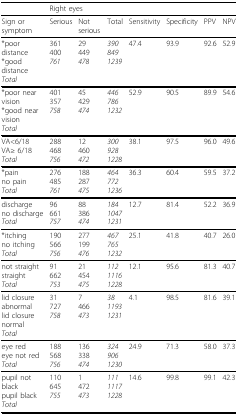
<table><thead><tr><td></td><td colspan="7"><b>Right eyes</b></td></tr></thead><tbody><tr><td>Sign or symptom</td><td>Serious</td><td>Not serious</td><td>Total</td><td>Sensitivity</td><td>Specificity</td><td>PPV</td><td>NPV</td></tr><tr><td>*poor distance*good distance<i>Total</i></td><td>361400<i>761</i></td><td>29449<i>478</i></td><td><i>390</i><i>849</i><i>1239</i></td><td>47.4</td><td>93.9</td><td>92.6</td><td>52.9</td></tr><tr><td>*poor near vision*good near vision<i>Total</i></td><td>401357<i>758</i></td><td>45429<i>474</i></td><td><i>446</i><i>786</i><i>1232</i></td><td>52.9</td><td>90.5</td><td>89.9</td><td>54.6</td></tr><tr><td>VA&lt;6/18VA≥ 6/18<i>Total</i></td><td>288468<i>756</i></td><td>12460<i>472</i></td><td><i>300</i><i>928</i><i>1228</i></td><td>38.1</td><td>97.5</td><td>96.0</td><td>49.6</td></tr><tr><td>*painno pain<i>Total</i></td><td>276485<i>761</i></td><td>188287<i>475</i></td><td><i>464</i><i>772</i><i>1236</i></td><td>36.3</td><td>60.4</td><td>59.5</td><td>37.2</td></tr><tr><td>dischargeno discharge<i>Total</i></td><td>96661<i>757</i></td><td>88386<i>474</i></td><td><i>184</i><i>1047</i><i>1231</i></td><td>12.7</td><td>81.4</td><td>52.2</td><td>36.9</td></tr><tr><td>*itchingno itching<i>Total</i></td><td>190566<i>756</i></td><td>277199<i>476</i></td><td><i>467</i><i>765</i><i>1232</i></td><td>25.1</td><td>41.8</td><td>40.7</td><td>26.0</td></tr><tr><td>not straightstraight<i>Total</i></td><td>91662<i>753</i></td><td>21454<i>475</i></td><td><i>112</i><i>1116</i><i>1228</i></td><td>12.1</td><td>95.6</td><td>81.3</td><td>40.7</td></tr><tr><td>lid closure abnormallid closure normal<i>Total</i></td><td>31727<i>758</i></td><td>7466<i>473</i></td><td><i>38</i><i>1193</i><i>1231</i></td><td>4.1</td><td>98.5</td><td>81.6</td><td>39.1</td></tr><tr><td>eye redeye not red<i>Total</i></td><td>188568<i>756</i></td><td>136338<i>474</i></td><td><i>324</i><i>906</i><i>1230</i></td><td>24.9</td><td>71.3</td><td>58.0</td><td>37.3</td></tr><tr><td>pupil not blackpupil black<i>Total</i></td><td>110645<i>755</i></td><td>1472<i>473</i></td><td><i>111</i><i>1117</i><i>1228</i></td><td>14.6</td><td>99.8</td><td>99.1</td><td>42.3</td></tr></tbody></table>